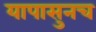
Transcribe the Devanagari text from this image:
यापासुनच